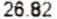
26.82